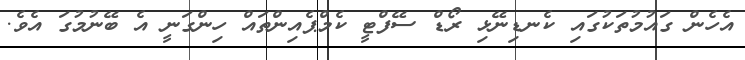
އެހެން ގައުމުތަކުގައި ކެނޑިނޭޅި ރޯޑް ސޭފްޓީ ކެމްޕެއިންތައް ހިންގަނީ އެ ބޭނުމުގަ އެވެ.